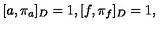
[ a , \pi _ { a } ] _ { D } = 1 , [ f , \pi _ { f } ] _ { D } = 1 ,